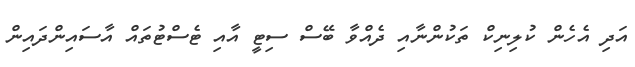
އަދި އެހެން ކުލިނިކް ތަކުންނާއި ދެއްވާ ބޭސް ސިޓީ އާއި ޓެސްޓުތައް އާސައިންދައިން